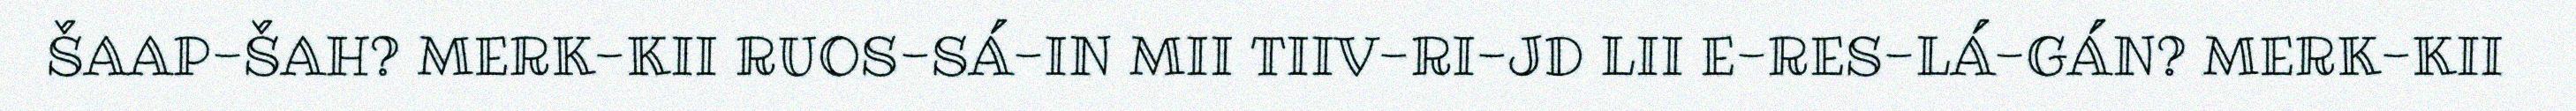
ŠAAP-ŠAH? MERK-KII RUOS-SÁ-IN MII TIIV-RI-JD LII E-RES-LÁ-GÁN? MERK-KII